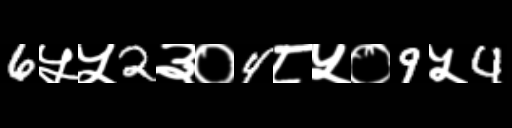
Text: 6५५2३०4८५०9५4